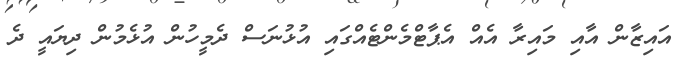
އައިޒާން އާއި މައިރާ އެއް އެޕާޓްމެންޓެއްގައި އުޅުނަސް ދެމީހުން އުޅެމުން ދިޔައީ ދެ